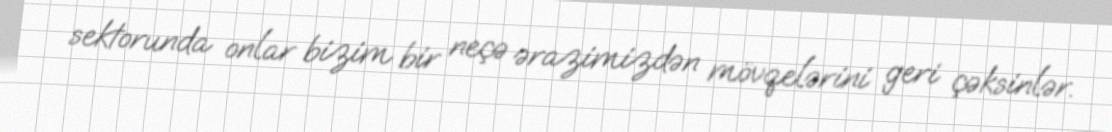
sektorunda onlar bizim bir neçə ərazimizdən mövqelərini geri çəksinlər.